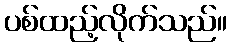
ပစ်ထည့်လိုက်သည်။